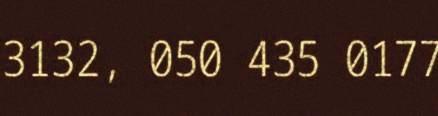
3132, 050 435 0177